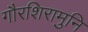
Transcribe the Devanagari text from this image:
गौरशिरामुनि